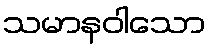
သမာနဝါသော